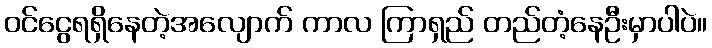
ဝင်ငွေရရှိနေတဲ့အလျောက် ကာလ ကြာရှည် တည်တံ့နေဦးမှာပါပဲ။